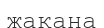
жақана